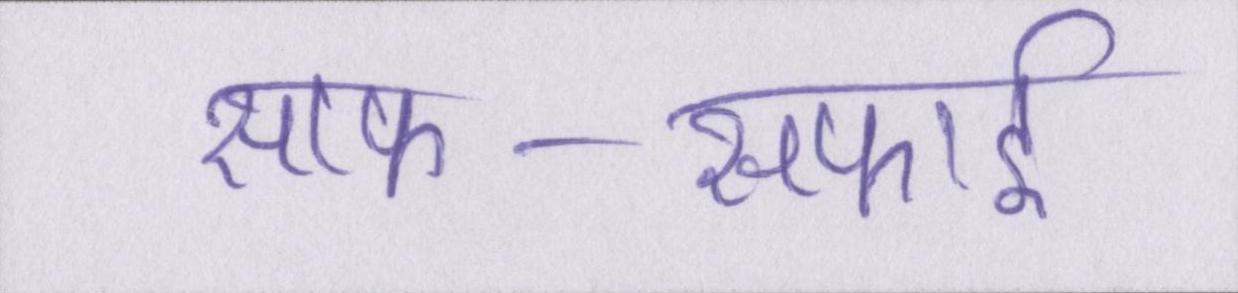
साफ-सफाई